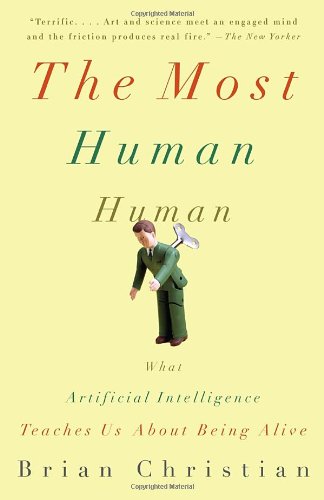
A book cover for The Most Human Human: What Artificial Intelligence Teaches Us About Being Alive; Brian Christian; Computers & Technology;